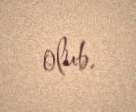
olub.